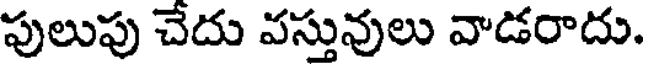
పులుపు చేదు వస్తువులు వాడరాదు.